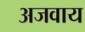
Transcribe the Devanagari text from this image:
अजवाय